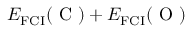
E _ { \mathrm { { F C I } } } ( \mathrm { ~ C ~ } ) + E _ { \mathrm { { F C I } } } ( \mathrm { ~ O ~ } )